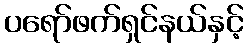
ပရော်ဖက်ရှင်နယ်နှင့်